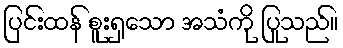
ပြင်းထန် စူးရှသော အသံကို ပြုသည်။